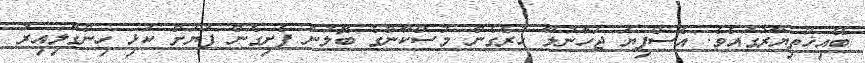
ބޭއިޚުތިޔާރުގައެވެ. އެސްފިޔަ ޖަހާނުލާ ހުރެގެން މުސްކާންގެ ބޮލުން ފެށިގެން ފަޔަށް ކަޅި ހިންގާލިއިރު